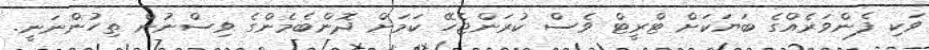
ވަކި ފެންވަރެއްގެ ބަޔަކަށް ޓްރީޓް ވެސް ކުރަންޖެހޭ ކަމަށް ދޮންބެމެންގެ ވިސްނުން ތިހުންނަނީ.